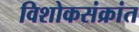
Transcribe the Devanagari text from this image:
विशोकसंक्रांत